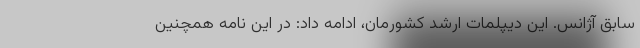
سابق آژانس. این دیپلمات ارشد کشورمان، ادامه داد: در این نامه همچنین